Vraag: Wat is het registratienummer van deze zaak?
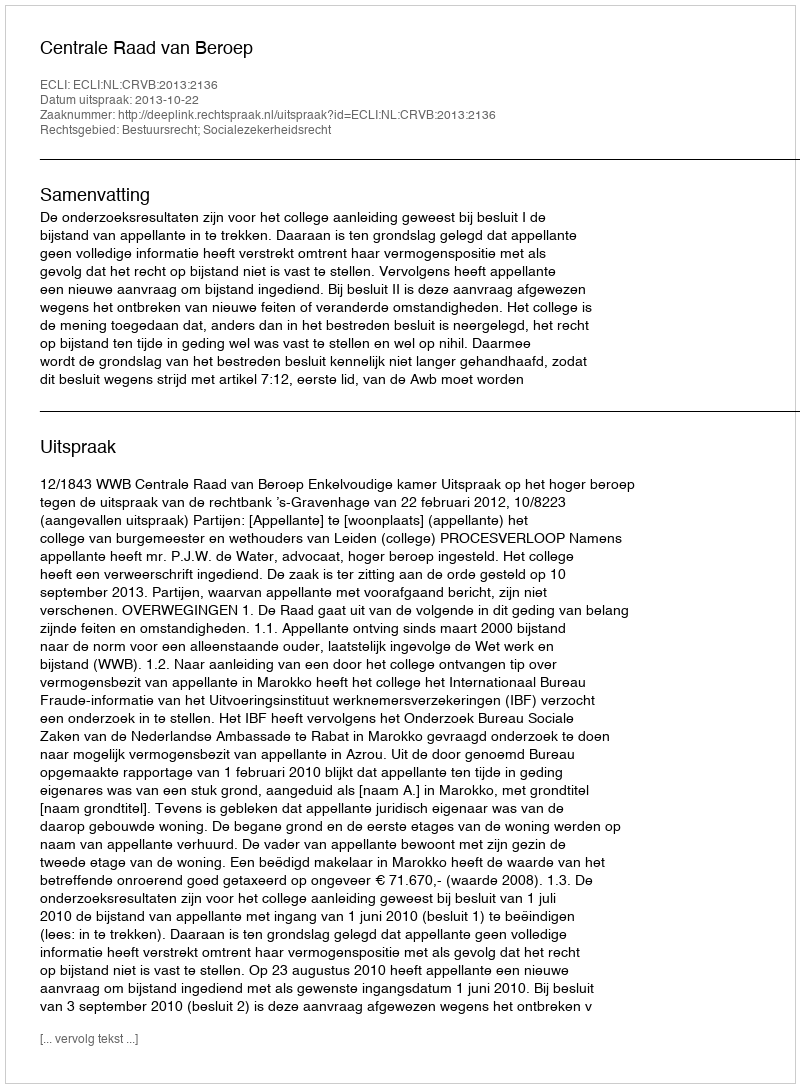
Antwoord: http://deeplink.rechtspraak.nl/uitspraak?id=ECLI:NL:CRVB:2013:2136